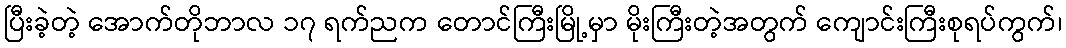
ပြီးခဲ့တဲ့ အောက်တိုဘာလ ၁၇ ရက်ညက တောင်ကြီးမြို့မှာ မိုးကြီးတဲ့အတွက် ကျောင်းကြီးစုရပ်ကွက်၊